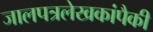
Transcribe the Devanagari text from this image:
जालपत्रलेखकांपैकी